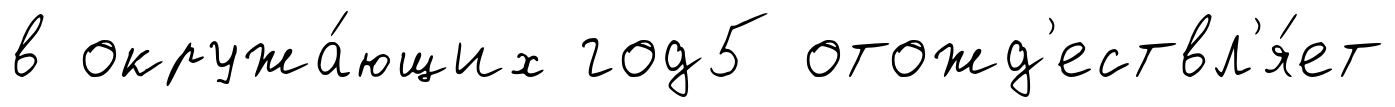
в окружа́ющих год5 отожд'ествл'я́ет